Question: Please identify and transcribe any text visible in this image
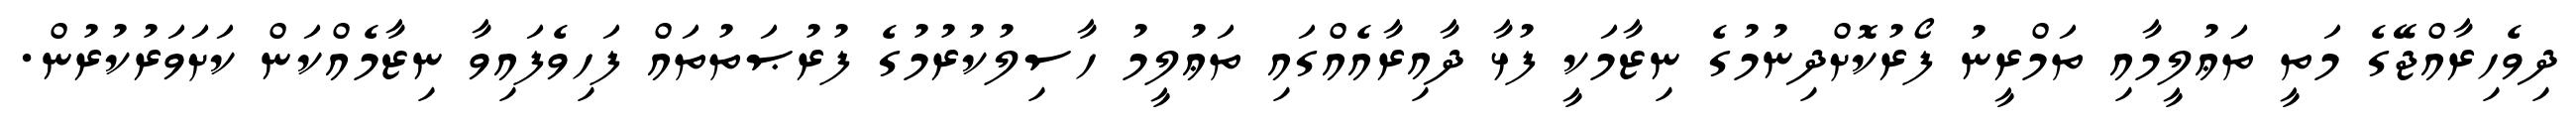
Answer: ދިވެހިރާއްޖޭގެ މަތީ ތަޢުލީމާއި ތަމްރީނު ފޯރުކޮށްދިނުމުގެ ނިޒާމަކީ ފުޅާ ދާއިރާއެއްގައި ތަޢުލީމު ހާސިލުކުރުމުގެ ފުރުޞަތުތައް ފަހިވެފައިވާ ނިޒާމެއްކަން ކަށަވަރުކުރުން.